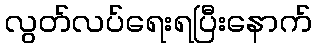
လွတ်လပ်ရေးရပြီးနောက်